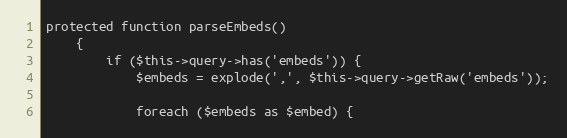
Language: PHP
protected function parseEmbeds()
    {
        if ($this->query->has('embeds')) {
            $embeds = explode(',', $this->query->getRaw('embeds'));

            foreach ($embeds as $embed) {